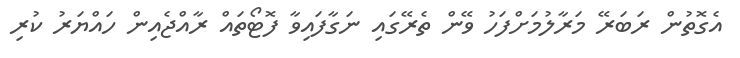
އެގޮތުން ރަބަރޭ މަރާލުމަށްފަހު ވޭން ތެރޭގައި ނަގާފައިވާ ފޮޓޯތައް ރާއްޖެއިން ހައްޔަރު ކުރި